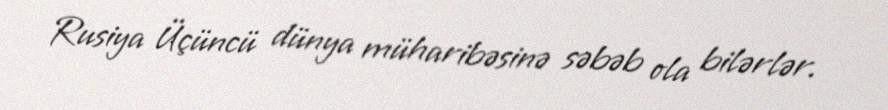
Rusiya Üçüncü dünya müharibəsinə səbəb ola bilərlər.